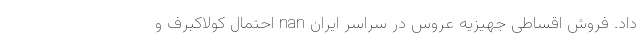
داد. فروش اقساطی جهیزیه عروس در سراسر ایران nan احتمال کولاکبرف و